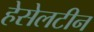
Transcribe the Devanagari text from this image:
हेसेलटीन